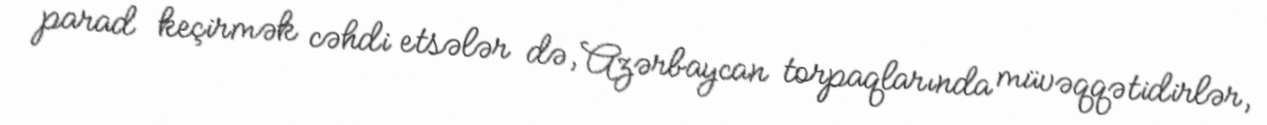
parad keçirmək cəhdi etsələr də, Azərbaycan torpaqlarında müvəqqətidirlər,